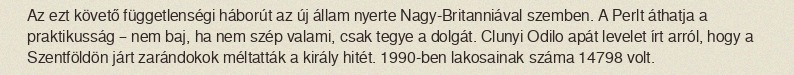
Az ezt követő függetlenségi háborút az új állam nyerte Nagy-Britanniával szemben. A Perlt áthatja a praktikusság – nem baj, ha nem szép valami, csak tegye a dolgát. Clunyi Odilo apát levelet írt arról, hogy a Szentföldön járt zarándokok méltatták a király hitét. 1990-ben lakosainak száma 14798 volt.